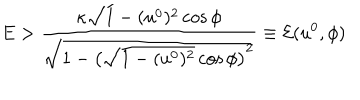
LaTeX: E > \frac { \kappa \sqrt { 1 - ( u ^ { 0 } ) ^ { 2 } } \cos \phi } { \sqrt { 1 - \left( \sqrt { 1 - ( u ^ { 0 } ) ^ { 2 } } \cos \phi \right) ^ { 2 } } } \equiv \mathcal { E } ( u ^ { 0 } , \phi )